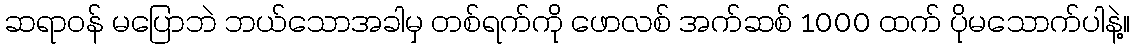
ဆရာဝန် မပြောဘဲ ဘယ်သောအခါမှ တစ်ရက်ကို ဖောလစ် အက်ဆစ် 1000 ထက် ပိုမသောက်ပါနဲ့။